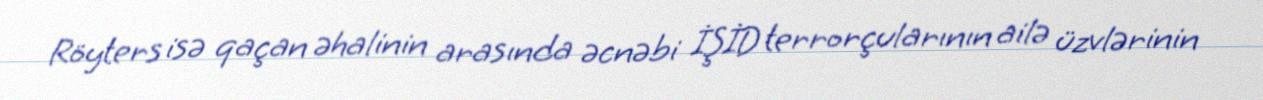
Röyters isə qaçan əhalinin arasında əcnəbi İŞİD terrorçularının ailə üzvlərinin